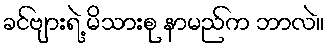
ခင်ဗျားရဲ့ မိသားစု နာမည်က ဘာလဲ။